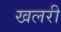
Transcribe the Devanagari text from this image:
खलरी